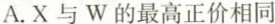
A.X与W的最高正价相同